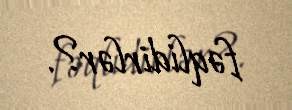
fəqlidirlər?.